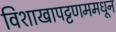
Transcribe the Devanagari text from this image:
विशाखापट्टणममधून